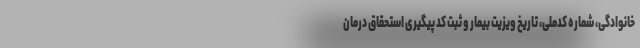
خانوادگی، شماره کدملی، تاریخ ویزیت بیمار و ثبت کد پیگیری استحقاق درمان